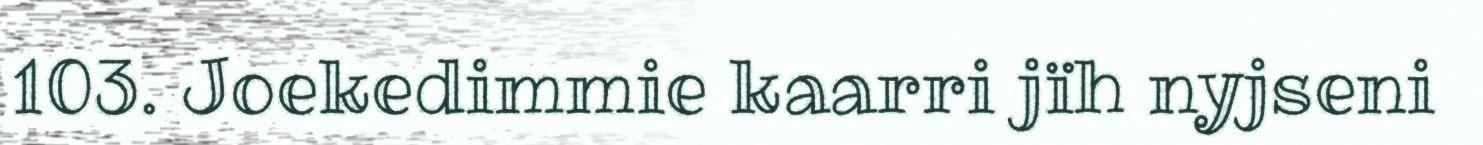
103. Joekedimmie kaarri jïh nyjseni